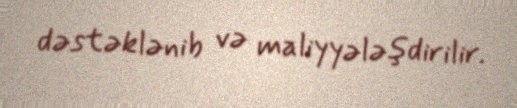
dəstəklənib və maliyyələşdirilir.